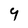
Character: 9